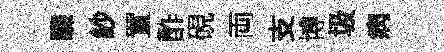
驟紗置酢硯両支博圾病